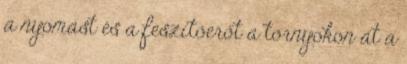
a nyomást és a feszítőerőt a tornyokon át a